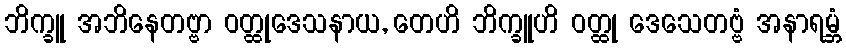
ဘိက္ခူ အဘိနေတဗ္ဗာ ဝတ္ထုဒေသနာယ, တေဟိ ဘိက္ခူဟိ ဝတ္ထု ဒေသေတဗ္ဗံ အနာရမ္ဘံ